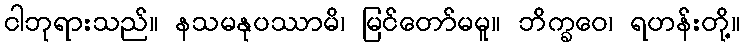
ငါဘုရားသည်။ နသမနုပဿာမိ၊ မြင်တော်မမူ။ ဘိက္ခဝေ၊ ရဟန်းတို့။